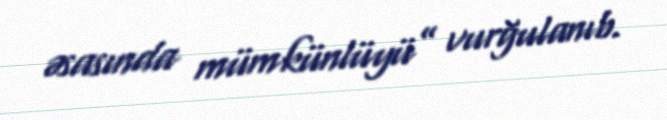
əsasında mümkünlüyü” vurğulanıb.